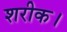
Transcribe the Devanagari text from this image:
शरीक।